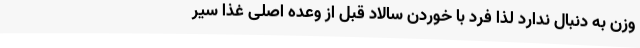
وزن به دنبال ندارد لذا فرد با خوردن سالاد قبل از وعده اصلی غذا سیر